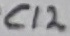
Text: C12